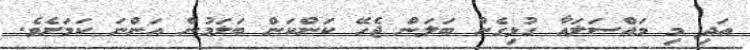
އަދި މި މައްސަލައާ ގުޅިގެން ބަލަން ޖެހޭ ކަންކަން ބަލަމުން އަންނަ ކަމަށެވެ.